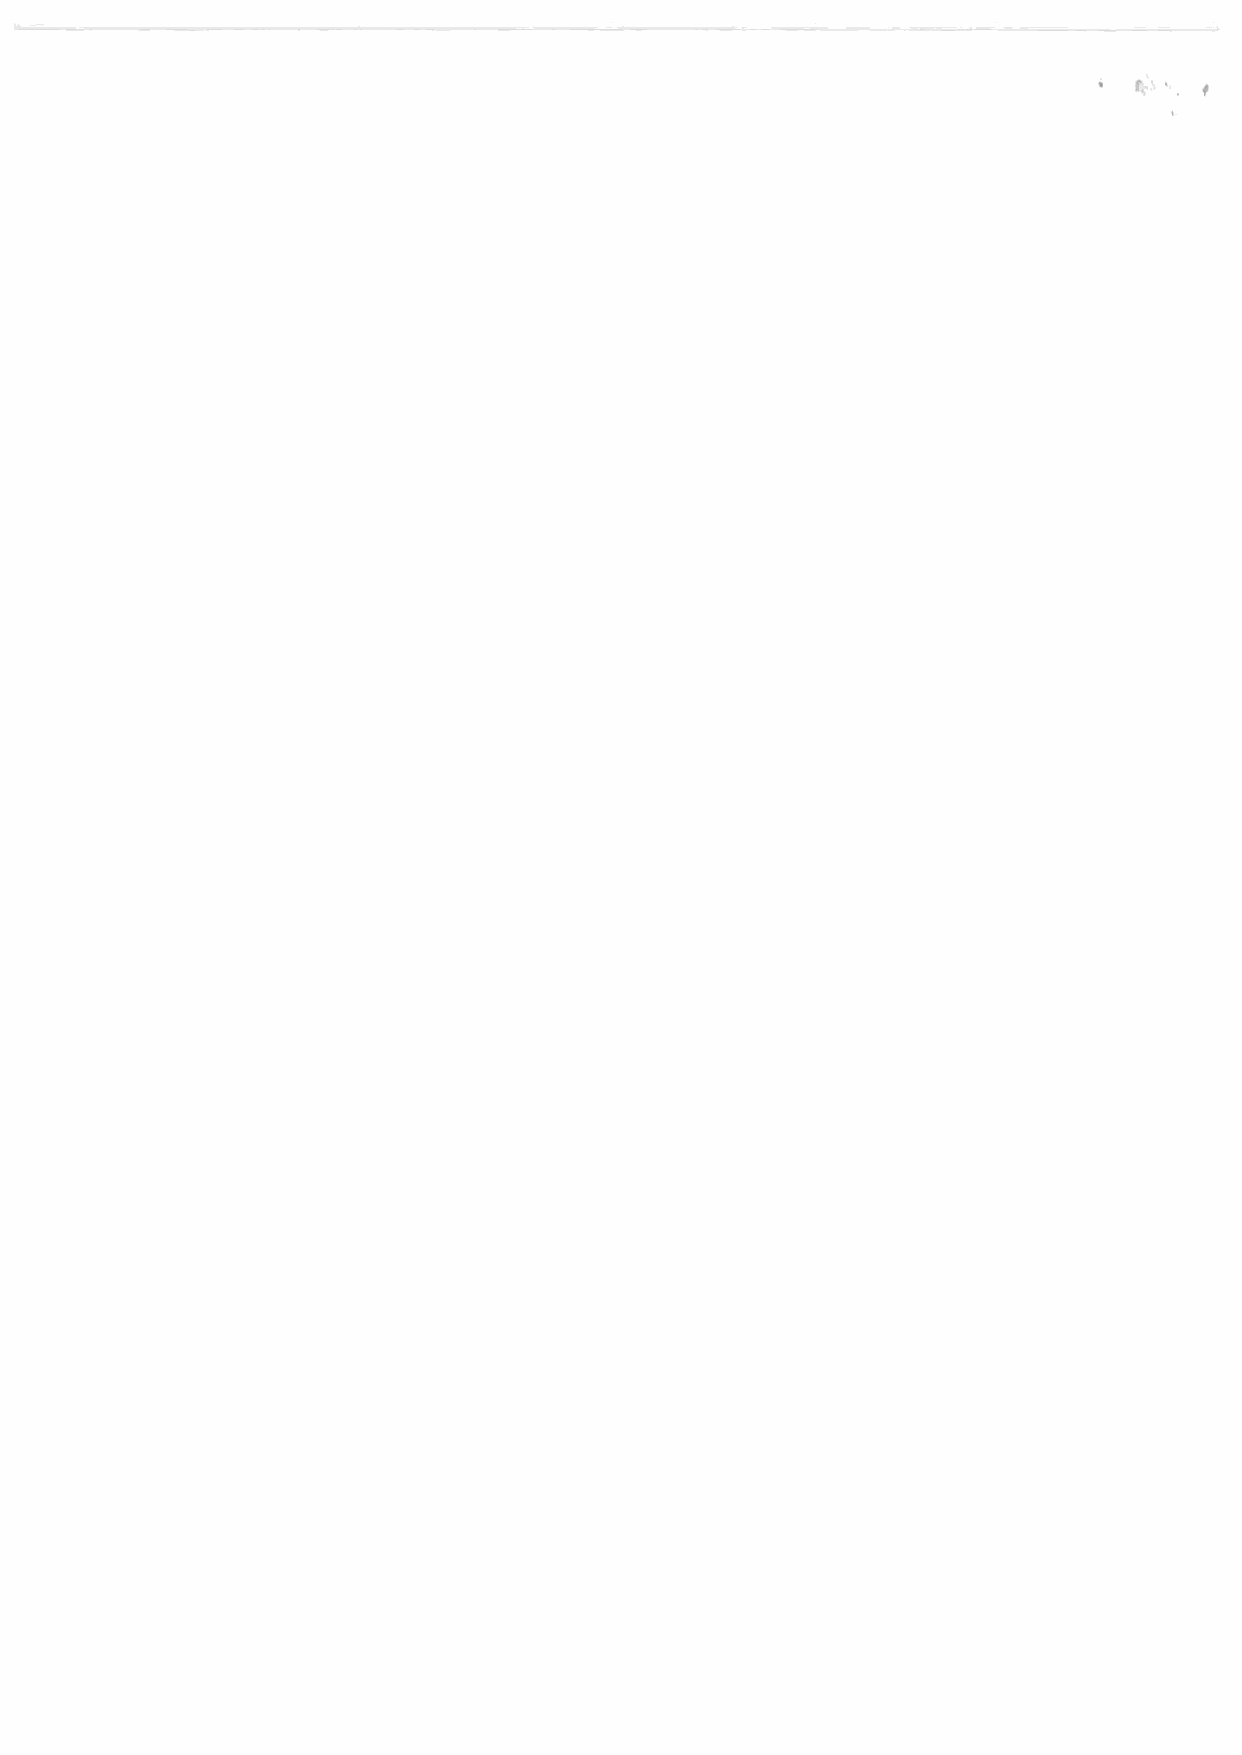
C